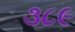
૩૮૯